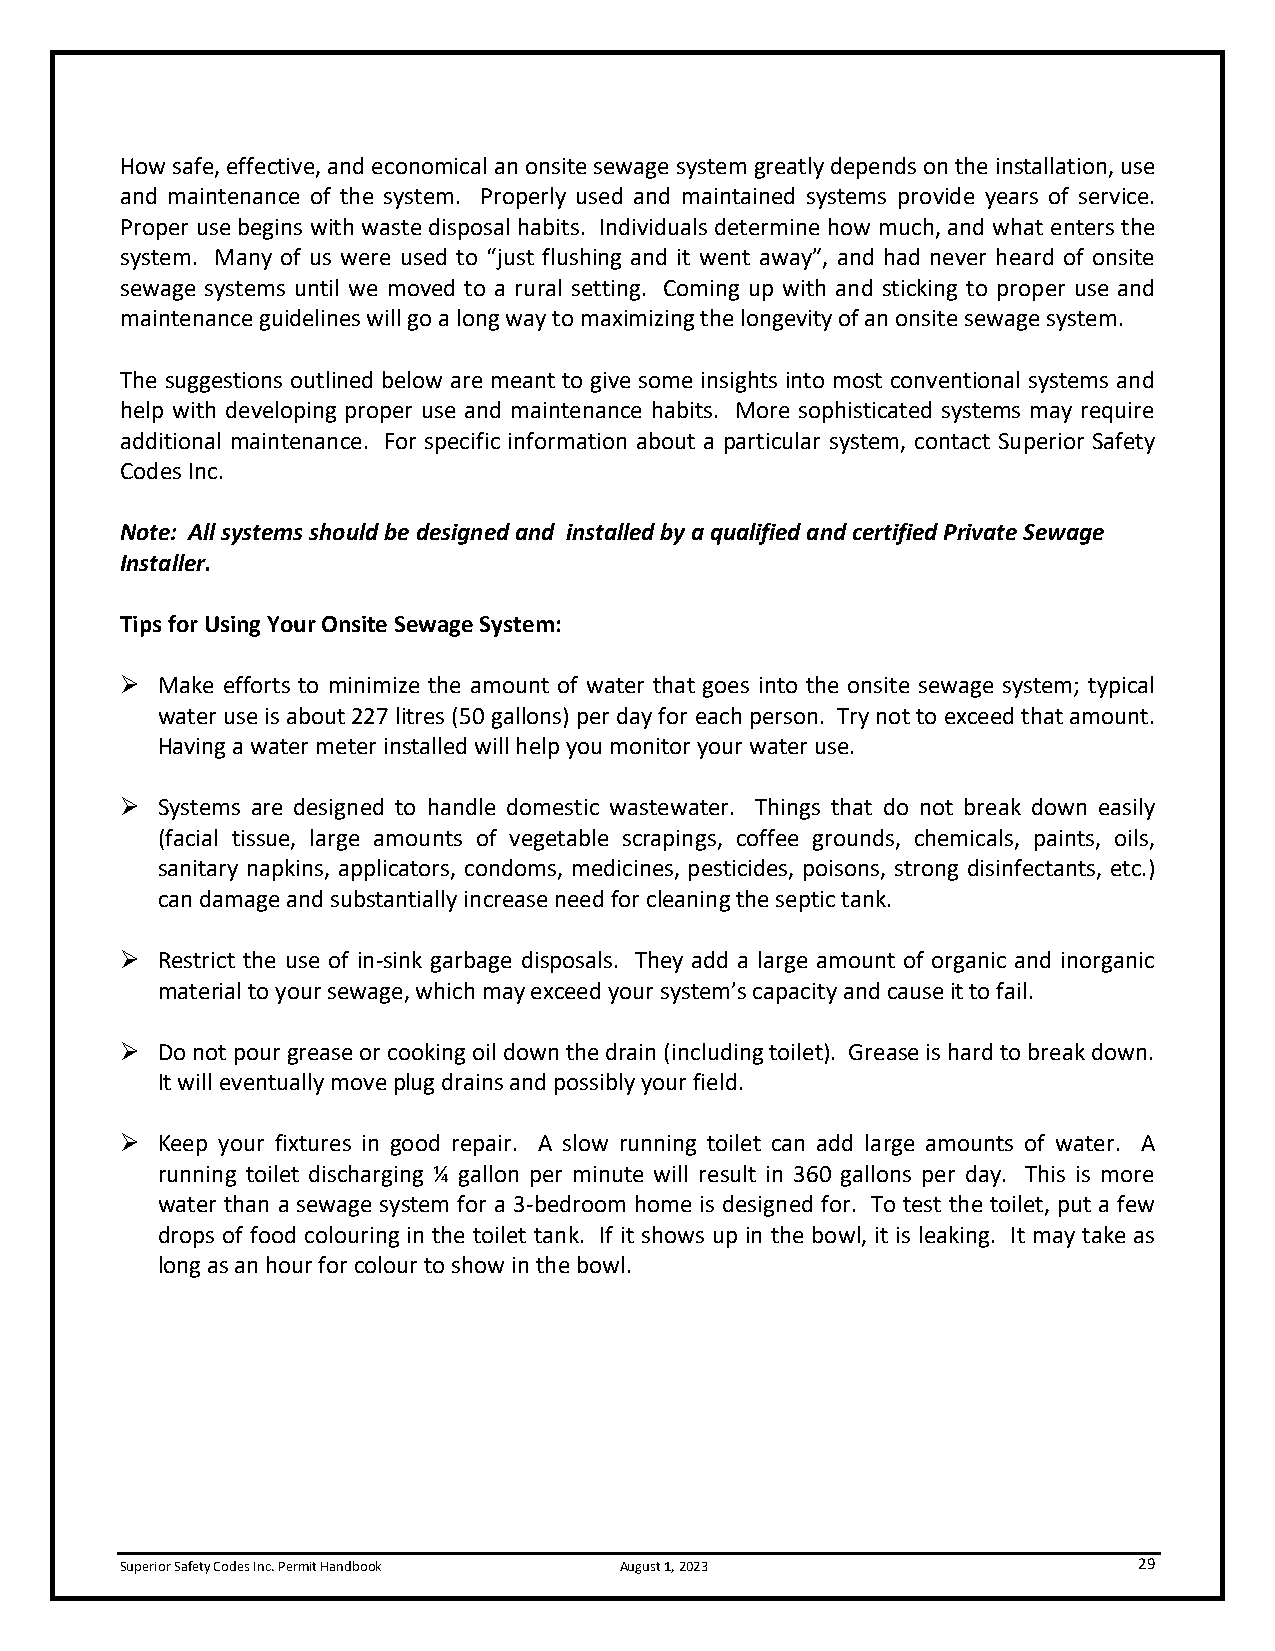
How safe, effective, and economical an onsite sewage system greatly depends on the installation, use
 and maintenance of the system. Properly used and maintained systems provide years of service.
 Proper use begins with waste disposal habits. Individuals determine how much, and what enters the
 system. Many of us were used to “just flushing and it went away”, and had never heard of onsite
 sewage systems until we moved to a rural setting. Coming up with and sticking to proper use and
 maintenance guidelines will go a long way to maximizing the longevity of an onsite sewage system.
 The suggestions outlined below are meant to give some insights into most conventional systems and
 help with developing proper use and maintenance habits. More sophisticated systems may require
 additional maintenance. For specific information about a particular system, contact Superior Safety
 Codes Inc.
 Note: All systems should be designed and installed by a qualified and certified Private Sewage
 Installer.
 Tips for Using Your Onsite Sewage System:
 ➢ Make efforts to minimize the amount of water that goes into the onsite sewage system; typical
 water use is about 227 litres (50 gallons) per day for each person. Try not to exceed that amount.
 Having a water meter installed will help you monitor your water use.
 ➢ Systems are designed to handle domestic wastewater. Things that do not break down easily
 (facial tissue, large amounts of vegetable scrapings, coffee grounds, chemicals, paints, oils,
 sanitary napkins, applicators, condoms, medicines, pesticides, poisons, strong disinfectants, etc.)
 can damage and substantially increase need for cleaning the septic tank.
 ➢ Restrict the use of in-sink garbage disposals. They add a large amount of organic and inorganic
 material to your sewage, which may exceed your system’s capacity and cause it to fail.
 ➢ Do not pour grease or cooking oil down the drain (including toilet). Grease is hard to break down.
 It will eventually move plug drains and possibly your field.
 ➢ Keep your fixtures in good repair. A slow running toilet can add large amounts of water. A
 running toilet discharging ¼ gallon per minute will result in 360 gallons per day. This is more
 water than a sewage system for a 3-bedroom home is designed for. To test the toilet, put a few
 drops of food colouring in the toilet tank. If it shows up in the bowl, it is leaking. It may take as
 long as an hour for colour to show in the bowl.
 Superior Safety Codes Inc. Permit Handbook August 1, 2023          29